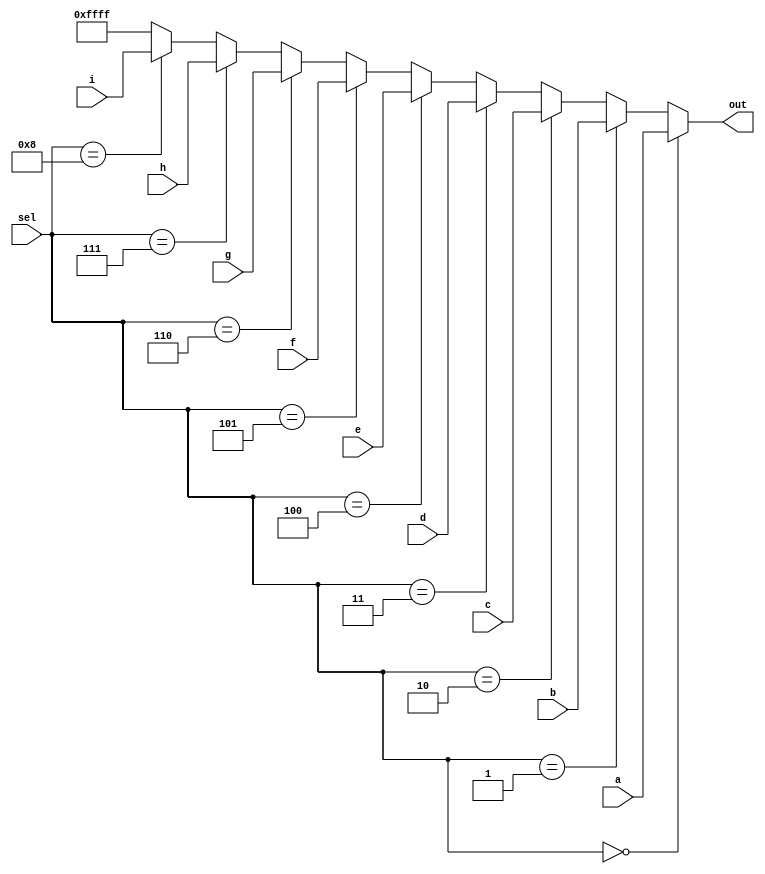
module top_module( 
    input [15:0] a, b, c, d, e, f, g, h, i,
    input [3:0] sel,
    output [15:0] out );
    always@(sel)
        if(sel==0)
            out[15:0]=a[15:0];
    else if(sel==1)
        out[15:0]=b[15:0];
    else if(sel==2)
        out[15:0]=c[15:0];
    else if(sel==3)
        out[15:0]=d[15:0];
    else if(sel==4)
        out[15:0]=e[15:0];
    else if(sel==5)
        out[15:0]=f[15:0];
    else if(sel==6)
        out[15:0]=g[15:0];
    else if(sel==7)
        out[15:0]=h[15:0];
    else if(sel==8)
        out[15:0]=i[15:0];
    else
        out[15:0]=16'b1111111111111111;
endmodule